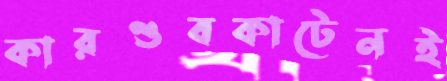
কারণ্ডবকাটেনই